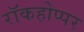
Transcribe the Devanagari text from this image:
रॉकहोप्पर